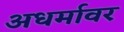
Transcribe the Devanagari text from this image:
अधर्मावर